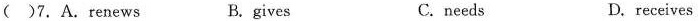
()7. A. Renews B. gives C.needs D.receives